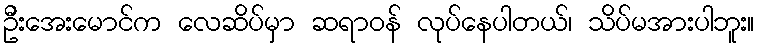
ဦးအေးမောင်က လေဆိပ်မှာ ဆရာဝန် လုပ်နေပါတယ်၊ သိပ်မအားပါဘူး။